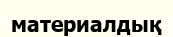
материалдық